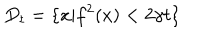
D _ { t } = \{ x | f ^ { 2 } ( x ) < 2 \gamma t \}